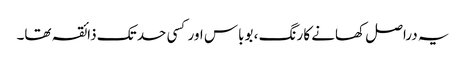
یہ دراصل کھانے کا رنگ ، بوباس اور کسی حد تک ذائقہ تھا۔